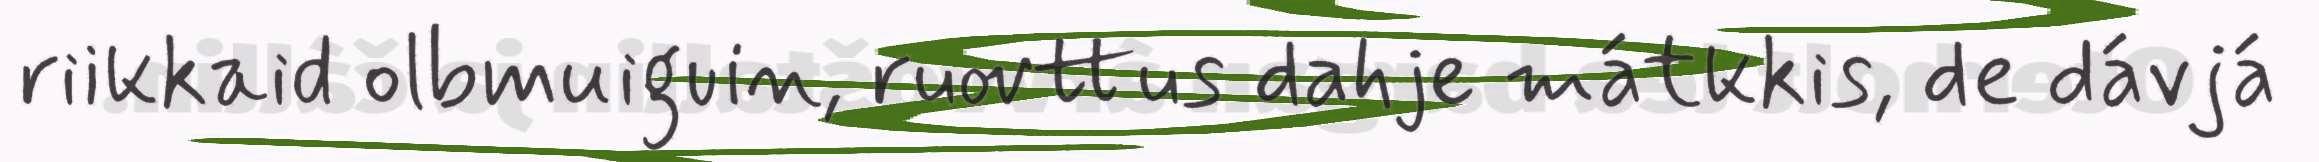
riikkaid olbmuiguin, ruovttus dahje mátkkis, de dávjá